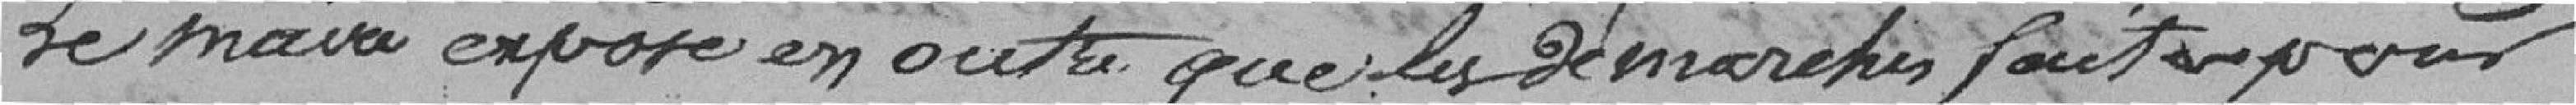
Le maire expose en outre que les démarches faites pour